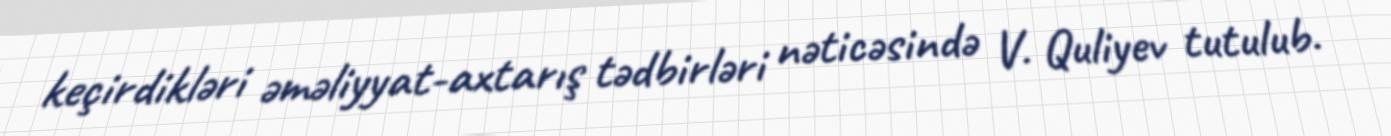
keçirdikləri əməliyyat-axtarış tədbirləri nəticəsində V. Quliyev tutulub.